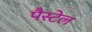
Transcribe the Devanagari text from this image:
पैस्टेल